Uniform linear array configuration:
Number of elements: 16
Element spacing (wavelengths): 0.5
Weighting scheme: exponential
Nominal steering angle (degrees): -30
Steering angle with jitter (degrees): -28.86
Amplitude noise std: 0.05
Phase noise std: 0.05

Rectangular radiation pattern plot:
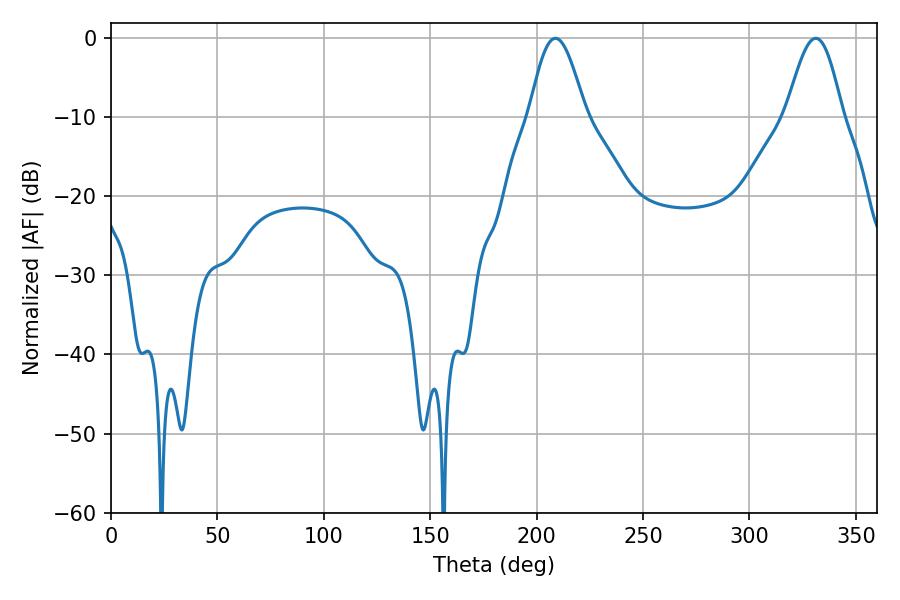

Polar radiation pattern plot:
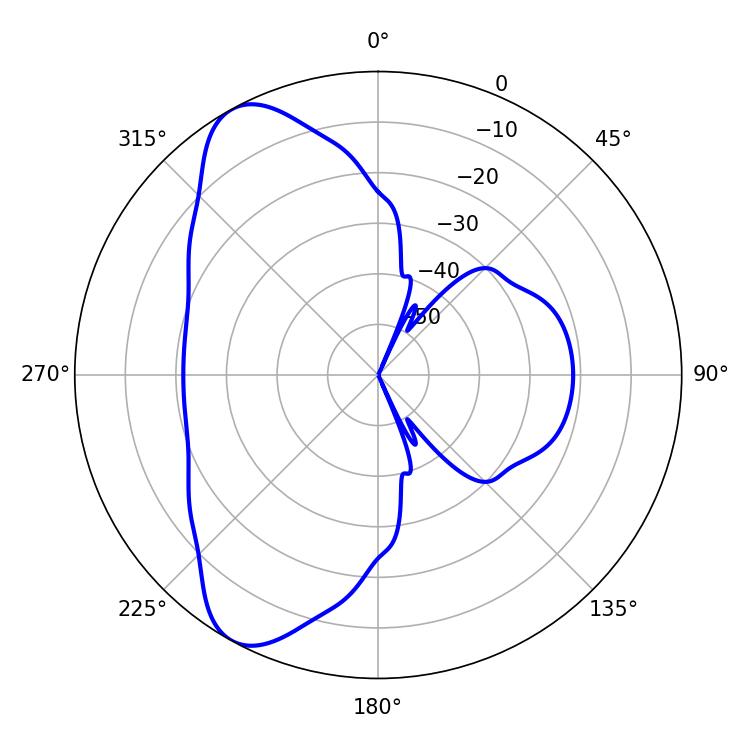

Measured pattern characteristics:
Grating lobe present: FALSE
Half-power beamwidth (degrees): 14.22
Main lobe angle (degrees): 208.8